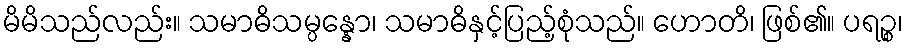
မိမိသည်လည်း။ သမာဓိသမ္ပန္နော၊ သမာဓိနှင့်ပြည့်စုံသည်။ ဟောတိ၊ ဖြစ်၏။ ပရဉ္စ၊